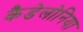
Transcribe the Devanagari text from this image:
कैडेलोनिया